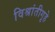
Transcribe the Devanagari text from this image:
विश्रांतीगृहे